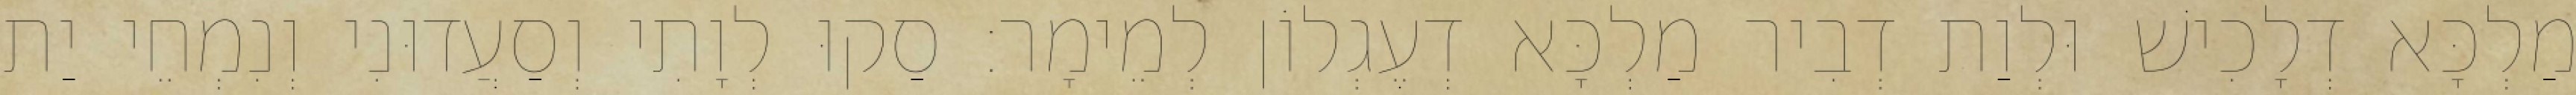
מַלְכָּא דְלָכִישׁ וּלְוַת דְבִיר מַלְכָּא דְעֶגְלוֹן לְמֵימָר׃ סַקוּ לְוָתִי וְסַעֲדוּנִי וְנִמְחֵי יַת